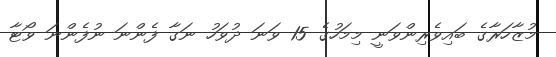
މުޒާހަރާގެ ބައިވެރިންވަނީ މިމަހުގެ 15 ވަނަ ދުވަހު ނަގާ ފެންނަ ނުފެންނަ ވޯޓާ